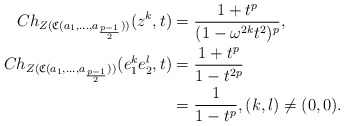
\begin{align*}Ch_{Z(\mathfrak{C}(a_1,\ldots,a_{\frac{p-1}{2}}))}(z^k,t)& = \frac{1+t^p}{(1-\omega^{2k} t^2)^p},\\Ch_{Z(\mathfrak{C}(a_1,\ldots,a_{\frac{p-1}{2}}))}(e_1^ke_2^l,t)&=\frac{1+t^p}{1-t^{2p}}\\ &= \frac{1}{1-t^p}, (k,l)\neq (0,0).\end{align*}